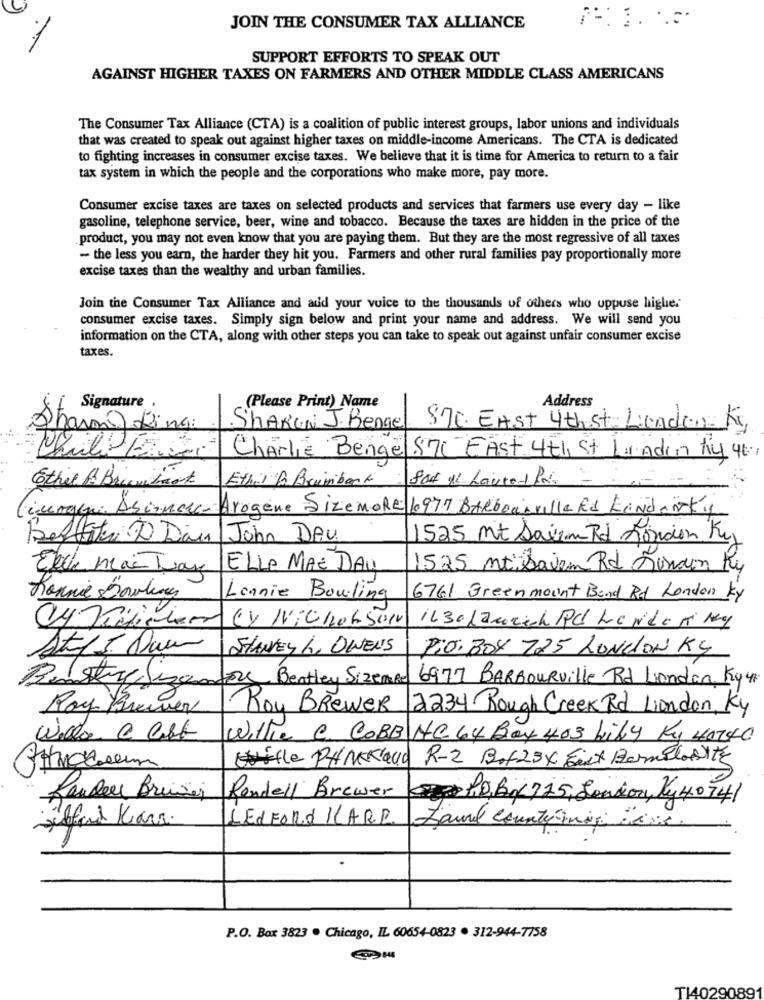
JOIN THE CONSUMER TAX ALLIANCE
SUPPORT EFFORTS TO SPEAK OUT
AGAINST HIGHER TAXES ON FARMERS AND OTHER MIDDLE CLASS AMERICANS
The Consumer Tax Alliance (CTA) is a coalition of public interest groups, labor unions and individuals
that was created to speak out against higher taxes on middle-income Americans. The CTA is dedicated
to fighting increases in consumer excise taxes. We believe that it is time for America to return to a fair
tax system in which the people and the corporations who make more, pay more.
Consumer excise taxes are taxes on selected products and services that farmers use every day - like
gasoline, telephone service, beer, wine and tobacco. Because the taxes are hidden in the price of the
product, you may not even know that you are paying them. But they are the most regressive of all taxes
- the less you earn, the harder they hit you. Farmers and other rural families pay proportionally more
excise taxes than the wealthy and urban families.
Join the Consumer Tax Alliance and add your voice to the thousands of others who uppuse highe.
consumer excise taxes. Simply sign below and print your name and address. We will send you
information on the CTA, along with other steps you can take to speak out against unfair consumer excise
taxes.
Address
if Signature
(Please Print) Name
Shari) Ling:
.SHARON J. Bengel
STE. EAST 4th St London Kg
Charlie Benge
$70 EAST 4th St London Ay 40,
Ethar B Bruimback
Ethel & Brianbook
iungque Asinnere- Arogène Sizemore 10977 BARbourville Rd Kendertig
Besttter D Day
John DAU.
1525 mt Saiem Rd London Ky
Ele mac Tar
ELLE MAE DAU
1525 mt Davem Rd London Ky
Ronnie Dowhogy
Lonnie Bowling
6761 Greenmount Band Rd London Ky
CY NICHOLSON
1630 Laurich Pl Lender mg
At15 Down
SHANEY L, OWENS
PIO. BOY 725 LONDON Kg
Bestreuenfor Bentley Sizeme
6977 BARBOURville Rd London, Ky4.
Roy Brewer
Rou Brewer
2234 Rough Creek Rd London, Ky
Willie C. COBB NC 64Box 403 Lily Kg 40140
Wille PHMEKQuo
R-2 3.123X Eist Barnelos ITE
Rendell Brewer
PDB0725,London, Ky40741
refund Kara.
LESFORD KLARE
Laurel County inig in
P.O. Box 3823 . Chicago, IL 60654-0823 . 312-944-7758
T14029089